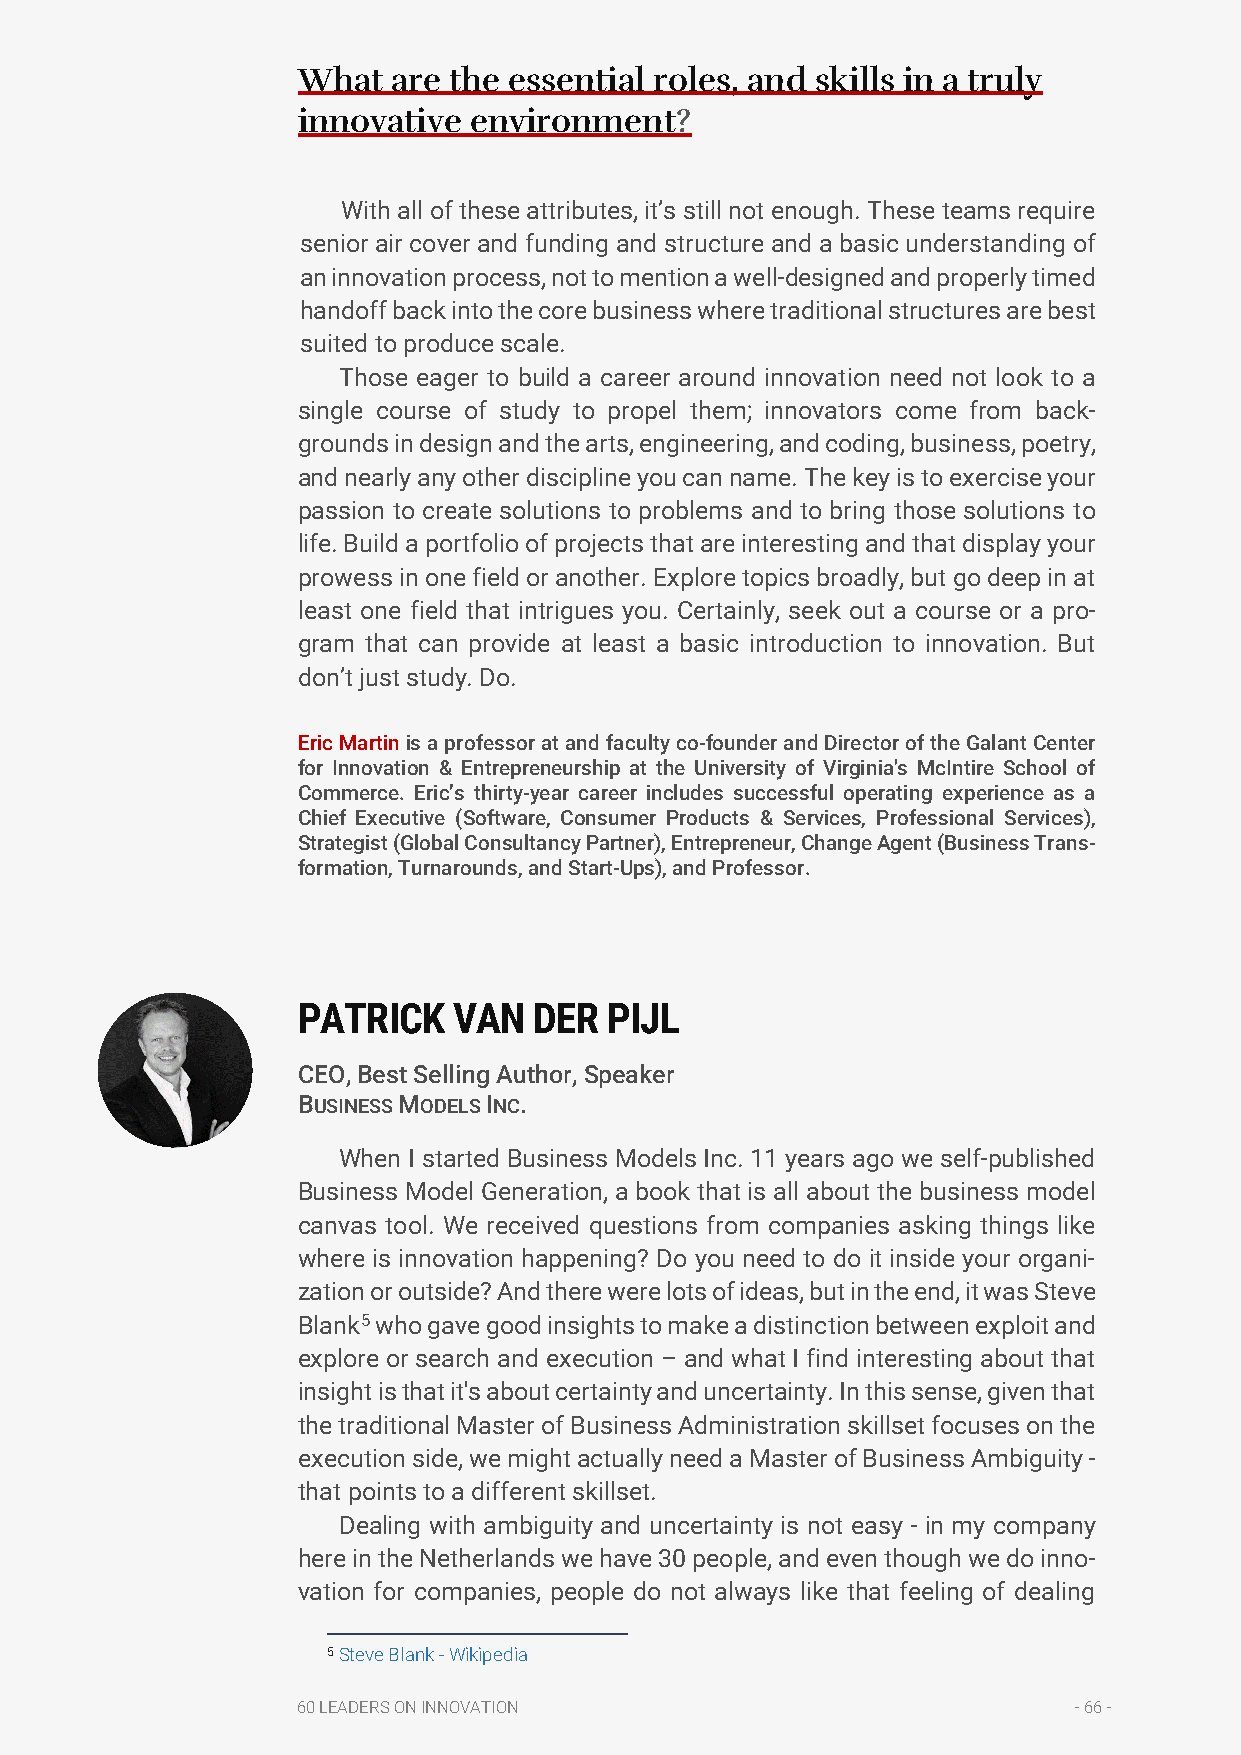
What  are the essential roles, and skills in a truly
 innovative environment?
 With all of these attributes, it’s still not enough. These teams require
 senior air cover and funding and structure and a basic understanding of
 an innovation process, not to mention a well-designed and properly timed
 handoff back into the core business where traditional structures are best
 suited to produce scale.
 Those eager to build a career around innovation need not look to a
 single course of study to propel them; innovators come from back-
 grounds in design and the arts, engineering, and coding, business, poetry,
 and nearly any other discipline you can name. The key is to exercise your
 passion to create solutions to problems and to bring those solutions to
 life. Build a portfolio of projects that are interesting and that display your
 prowess in one field or another. Explore topics broadly, but go deep in at
 least one field that intrigues you. Certainly, seek out a course or a pro-
 gram that can provide at least a basic introduction to innovation. But
 don’t just study. Do.
 Eric Martin is a professor at and faculty co-founder and Director of the Galant Center
 for Innovation & Entrepreneurship at the University of Virginia's McIntire School of
 Commerce. Eric’s thirty-year career includes successful operating experience as a
 Chief Executive (Software, Consumer Products & Services, Professional Services),
 Strategist (Global Consultancy Partner), Entrepreneur, Change Agent (Business Trans-
 formation, Turnarounds, and Start-Ups), and Professor.
 PATRICK   VAN  DER  PIJL
 CEO, Best Selling Author, Speaker
 BUSINESS MODELS INC.
 When I started Business Models Inc. 11 years ago we self-published
 Business Model Generation, a book that is all about the business model
 canvas tool. We received questions from companies asking things like
 where is innovation happening? Do you need to do it inside your organi-
 zation or outside? And there were lots of ideas, but in the end, it was Steve
 Blank5 who gave good insights to make a distinction between exploit and
 explore or search and execution – and what I find interesting about that
 insight is that it's about certainty and uncertainty. In this sense, given that
 the traditional Master of Business Administration skillset focuses on the
 execution side, we might actually need a Master of Business Ambiguity -
 that points to a different skillset.
 Dealing with ambiguity and uncertainty is not easy - in my company
 here in the Netherlands we have 30 people, and even though we do inno-
 vation for companies, people do not always like that feeling of dealing
 5 Steve Blank - Wikipedia
 60 LEADERS ON INNOVATION                           - 66 -